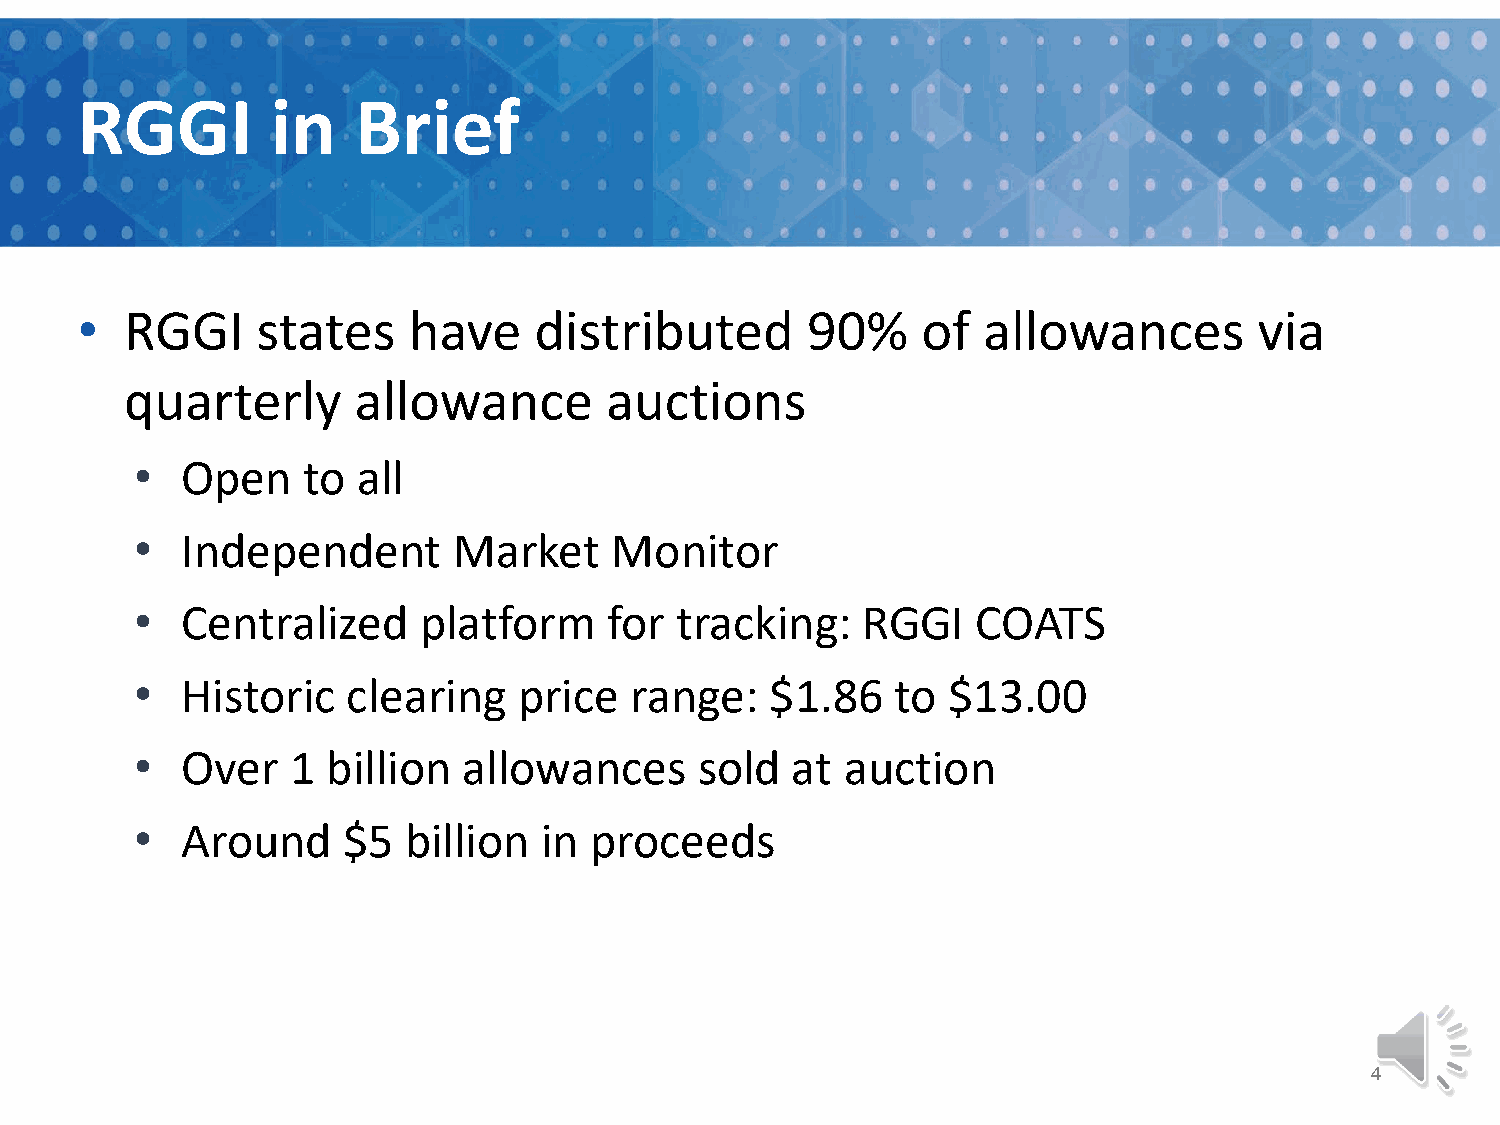
RGGI         in    Brief
 •  RGGI     states    have    distributed       90%     of  allowances        via
 quarterly      allowance        auctions
 •  Open    to  all
 •  Independent       Market    Monitor
 •  Centralized     platform    for  tracking:   RGGI    COATS
 •  Historic   clearing   price   range:   $1.86   to  $13.00
 •  Over   1  billion  allowances     sold  at  auction
 •  Around     $5  billion  in proceeds
 4